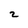
Character: z